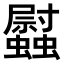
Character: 𧕈